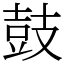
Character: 鼓